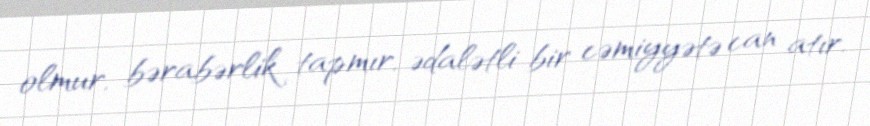
olmur, bərabərlik tapmır, ədalətli bir cəmiyyətə can atır.